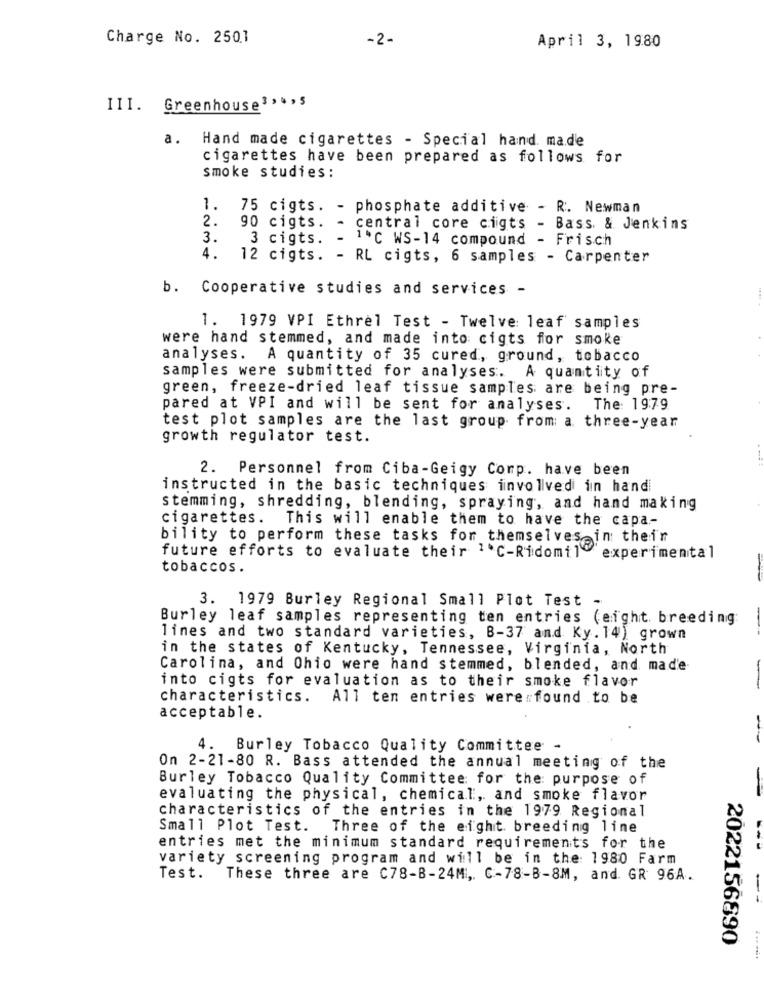
Charge No. 2501
-2-
April 3, 1980
III. Greenhouse3 ,., s
a.
Hand made cigarettes - Special hand made
cigarettes have been prepared as follows for
smoke studies :
1. 75 cigts. - phosphate additive - R. Newman
2.
90 cigts. - central core cigts
- Bass & Jenkins
3.
3 cigts. - 1℃ WS-14 compound - Frisch
4.
12 cigts. - RL cigts, 6 samples - Carpenter
b. Cooperative studies and services -
1. 1979 VPI Ethrel Test - Twelve: leaf samples
were hand stemmed, and made into cigts for smoke
analyses. A quantity of 35 cured, ground, tobacco
samples were submitted for analyses. A quantity of
green, freeze-dried leaf tissue samples are being pre-
pared at VPI and will be sent for analyses. The: 1979
test plot samples are the last group from a three-year
growth regulator test.
2. Personnel from Ciba-Geigy Corp. have been
instructed in the basic techniques involved in hand
stemming, shredding, blending, spraying, and hand making
cigarettes. This will enable them to have the capa-
bility to perform these tasks for themselves in their
future efforts to evaluate their 1 C-Ridomil experimental
tobaccos.
3. 1979 Burley Regional Small Plot Test -
Burley leaf samples representing ten entries (eight breeding
lines and two standard varieties, B-37 and Ky. 14) grown
in the states of Kentucky, Tennessee, Virginia, North
Carolina, and Ohio were hand stemmed, blended, and made
into cigts for evaluation as to their smoke flavor
-
characteristics. All ten entries were found .to be
acceptable.
4.
Burley Tobacco Quality Committee -
On 2-21-80 R. Bass attended the annual meeting of the
Burley Tobacco Quality Committee for the purpose of
evaluating the physical, chemical, and smoke flavor
characteristics of the entries in the 1979 Regional
Small Plot Test. Three of the eight breeding line
entries met the minimum standard requirements for the
variety screening program and will be in the: 1980 Farm
Test. These three are C78-B-24MI ,. C-78-B-8M, and. GR 96A.
-
2022156890